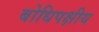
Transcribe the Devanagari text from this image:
बोधिपक्षीय